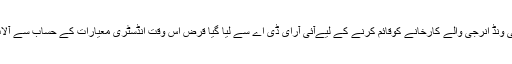
شاہ کے وکیل کا کہنا ہے کہ ‘2.1 میگاواٹ کی ونڈ انرجی والے کارخانے کوقائم کرنے کے لیےآئی آرای ڈی اے سے لیا گیا قرض اس وقت انڈسٹری معیارات کے حساب سے آلات کی قیمت (قریب 14.3 کروڑ) پر مبنی ہے۔